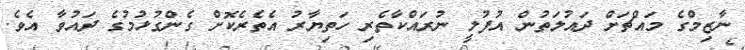
ނާޒިމްގެ މައްޗަށް ދައުލަތުން އުފުލީ ނުރައްކާތެރި ހަތިޔާރު އެތެރެކޮށް ގެންގުޅުމުގެ ދައުވާ އެވެ.